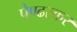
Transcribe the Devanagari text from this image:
पेण्ढरकर